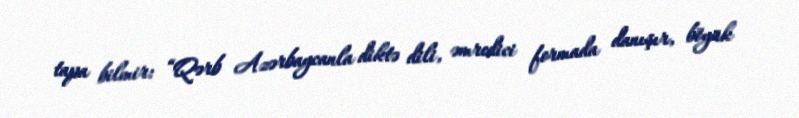
tapa bilmir: “Qərb Azərbaycanla diktə dili, əmredici formada danışır, böyük